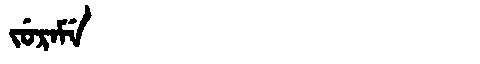
Manchu: ᠵᡠᡵᠠᠮᡝ
Romanization: JURAME